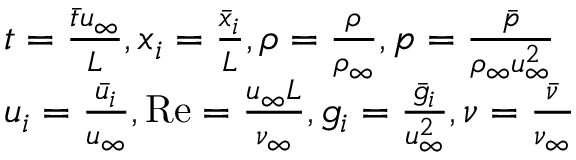
\begin{array} { r l } & { t = \frac { \bar { t } { { u } _ { \infty } } } { L } , { { x } _ { i } } = \frac { { { { \bar { x } } } _ { i } } } { L } , \rho = \frac { \rho } { { { \rho } _ { \infty } } } , p = \frac { { \bar { p } } } { { { \rho } _ { \infty } } u _ { \infty } ^ { 2 } } } \\ & { { { u } _ { i } } = \frac { { { { \bar { u } } } _ { i } } } { { { u } _ { \infty } } } , \operatorname { R e } = \frac { { { u } _ { \infty } } L } { { { \nu } _ { \infty } } } , { { g } _ { i } } = \frac { { { { \bar { g } } } _ { i } } } { u _ { \infty } ^ { 2 } } , \nu = \frac { { \bar { \nu } } } { { { \nu } _ { \infty } } } } \end{array}